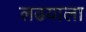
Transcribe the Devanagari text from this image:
लढयाला